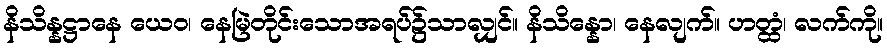
နိသိန္နဋ္ဌာနေ ယေဝ၊ နေမြဲတိုင်းသောအရပ်၌သာလျှင်။ နိသိန္နော၊ နေလျက်။ ဟတ္ထံ၊ လက်ကို။